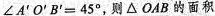
∠A^{'}O^{'}B^{'}=45^{°}，则△OAB的面积